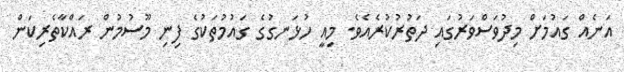
އަނެއް ގައުމަށް މިދުވަސްވަރުގައި ދަތުރުކުރެއެވެ. މިއީ ހުޅަނގުގެ ގައުމުތަކުގެ ފިނި މޫސުމުން ރައްކާތެރިކަން